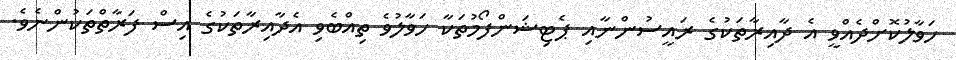
ހަވާލުކޮށްދެއްވީ އެ ދާއިރާތަކުގެ ރައީސުންނާއި ޕެޓިޝަންފޯމުތަކާ ހަވާލުވެ ތިއްބެވި އެދާއިރާތަކުގެ އިސް ފަރާތްތަކުންނެވެ.